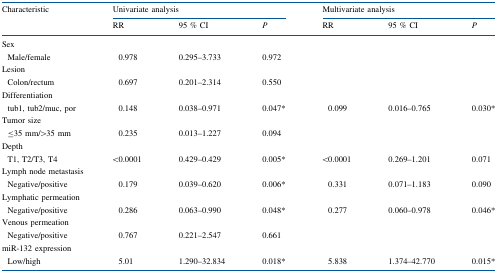
<table><thead><tr><td rowspan="2"><b>Characteristic</b></td><td colspan="3"><b>Univariate analysis</b></td><td colspan="3"><b>Multivariate analysis</b></td></tr><tr><td><b>RR</b></td><td><b>95 % CI</b></td><td><b><i>P</i></b></td><td><b>RR</b></td><td><b>95 % CI</b></td><td><b><i>P</i></b></td></tr></thead><tbody><tr><td colspan="7">Sex</td></tr><tr><td> Male/female</td><td>0.978</td><td>0.295–3.733</td><td>0.972</td><td></td><td></td><td></td></tr><tr><td colspan="7">Lesion</td></tr><tr><td> Colon/rectum</td><td>0.697</td><td>0.201–2.314</td><td>0.550</td><td></td><td></td><td></td></tr><tr><td colspan="7">Differentiation</td></tr><tr><td> tub1, tub2/muc, por</td><td>0.148</td><td>0.038–0.971</td><td>0.047*</td><td>0.099</td><td>0.016–0.765</td><td>0.030*</td></tr><tr><td colspan="7">Tumor size</td></tr><tr><td> ≤35 mm/&gt;35 mm</td><td>0.235</td><td>0.013–1.227</td><td>0.094</td><td></td><td></td><td></td></tr><tr><td colspan="7">Depth</td></tr><tr><td> T1, T2/T3, T4</td><td>&lt;0.0001</td><td>0.429–0.429</td><td>0.005*</td><td>&lt;0.0001</td><td>0.269–1.201</td><td>0.071</td></tr><tr><td colspan="7">Lymph node metastasis</td></tr><tr><td> Negative/positive</td><td>0.179</td><td>0.039–0.620</td><td>0.006*</td><td>0.331</td><td>0.071–1.183</td><td>0.090</td></tr><tr><td colspan="7">Lymphatic permeation</td></tr><tr><td> Negative/positive</td><td>0.286</td><td>0.063–0.990</td><td>0.048*</td><td>0.277</td><td>0.060–0.978</td><td>0.046*</td></tr><tr><td colspan="7">Venous permeation</td></tr><tr><td> Negative/positive</td><td>0.767</td><td>0.221–2.547</td><td>0.661</td><td></td><td></td><td></td></tr><tr><td colspan="7">miR-132 expression</td></tr><tr><td> Low/high</td><td>5.01</td><td>1.290–32.834</td><td>0.018*</td><td>5.838</td><td>1.374–42.770</td><td>0.015*</td></tr></tbody></table>